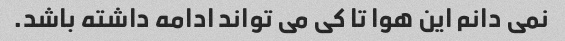
نمی دانم این هوا تا کی می تواند ادامه داشته باشد.